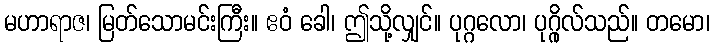
မဟာရာဇ၊ မြတ်သောမင်းကြီး။ ဧဝံ ခေါ၊ ဤသို့လျှင်။ ပုဂ္ဂလော၊ ပုဂ္ဂိုလ်သည်။ တမော၊